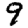
Digit: 9